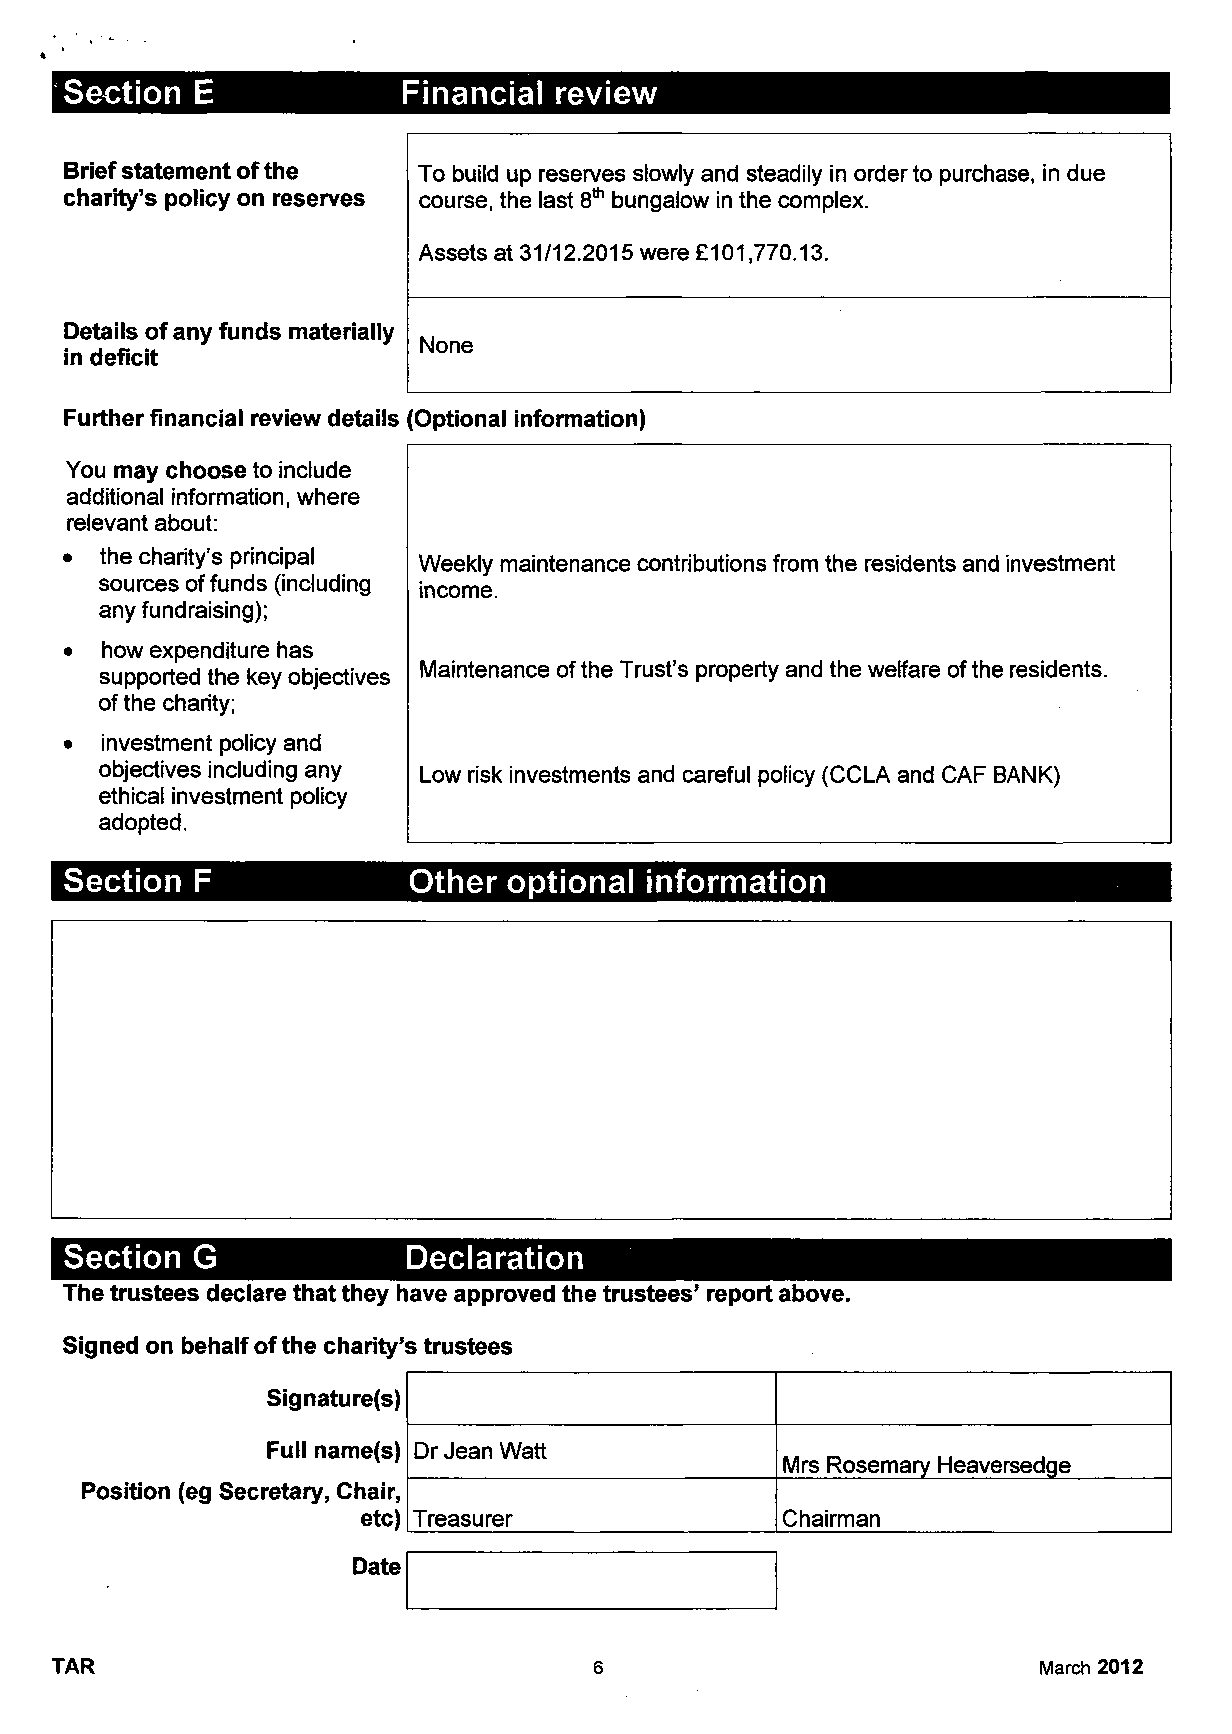
Section  E             Financial review
 Brief statement of the  To build up reserves slowly and steadily in order to purchase, in due
 charity's policy on reserves course, the last 8th bungalow in the complex.
 Assets at 31/12.2015 were £101,770.13.
 Details ofany funds materially
 None
 in deficit
 Further financial review details (Optional information)
 You may choose to include
 additional information, where
 relevant about:
 •  the charity's principal
 Weekly maintenance contributions from the residents and investment
 sources of funds (including
 income.
 any fundraising);
 •  how expenditure has
 supported the key objectives Maintenance of the Trust's property and the welfare of the residents.
 of the charity;
 •  investment policy and
 objectives including any
 Low risk investments and careful policy (CCLA and CAF BANK)
 ethical investment policy
 adopted.
 Section  F             Other  optional information
 Section  G             Declaration
 The trustees declare that they have approved the trustees' report above.
 Signed on behalf of the charity's trustees
 Signature(s)
 Full name(s) Dr Jean Watt
 Mrs Rosemary Heaversedge
 Position (eg Secretary, Chair,
 etc) Treasurer              Chairman
 Date
 TAR                                 6                             March 2012